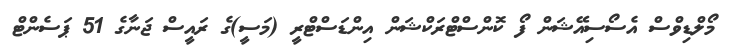
މޯލްޑިވްސް އެސޯސިއޭޝަން ފޯ ކޮންސްޓްރަކްޝަން އިންޑަސްޓްރީ (މަސީ)ގެ ރައީސް ޖަނާގެ 51 ޕަސެންޓް